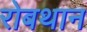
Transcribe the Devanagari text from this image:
रोबथान